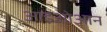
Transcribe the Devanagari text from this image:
आइओआन